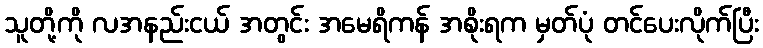
သူတို့ကို လအနည်းငယ် အတွင်း အမေရိကန် အစိုးရက မှတ်ပုံ တင်ပေးလိုက်ပြီး